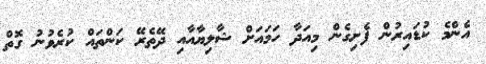
އެންމެ ކުޑައިރުން ފެށިގެން މިއަދާ ހަމައަށް ޝާލިޔާއާއި ދޭތެރޭ ކަންތައް ކުރެވުނު ގޮތް